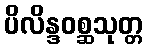
ပိလိန္ဒဝစ္ဆသုတ္တ